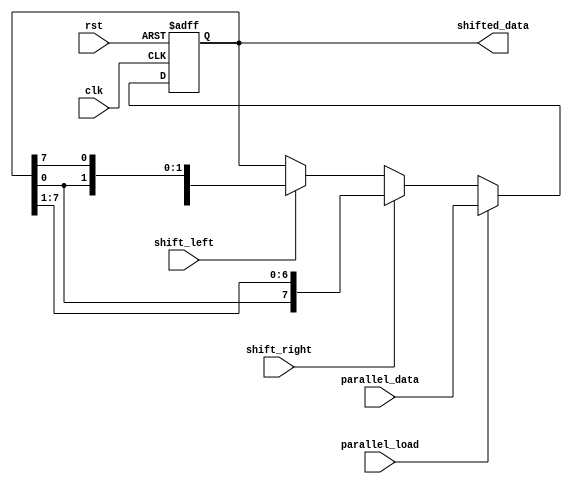
module Universal_Shift_Register (
    input wire clk,
    input wire rst,
    input wire shift_left,
    input wire shift_right,
    input wire parallel_load,
    input wire [7:0] parallel_data,
    output reg [7:0] shifted_data
);

reg [7:0] reg_data;

always @(posedge clk or posedge rst) begin
    if (rst) begin
        reg_data <= 8'b0;
    end else begin
        if (parallel_load) begin
            reg_data <= parallel_data;
        end else begin
            if (shift_left) begin
                reg_data <= {reg_data[6:0], reg_data[7]};
            end
            if (shift_right) begin
                reg_data <= {reg_data[0], reg_data[7:1]};
            end
        end
    end
end

assign shifted_data = reg_data;

endmodule